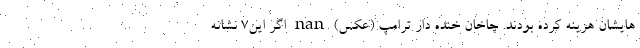
هایشان هزینه کرده بودند. چاخان خنده دار ترامپ (عکس) nan اگر این7 نشانه